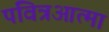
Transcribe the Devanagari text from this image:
पवित्रआत्मा